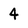
Character: 4